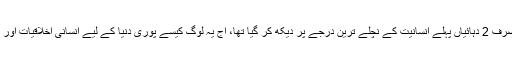
حیرت سے ان انسانوں کو دیکھتا جنہیں وہ صرف 2 دہائیاں پہلے انسانیت کے نچلے ترین درجے پر دیکھ کر گیا تھا، آج یہ لوگ کیسے پوری دنیا کے لیے انسانی اخلاقیات اور احترام آدمیت کے مشعل بردار بن چکے ہیں۔